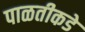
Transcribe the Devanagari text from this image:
पाळतीकडे